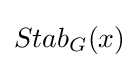
Stab_{G}(x)